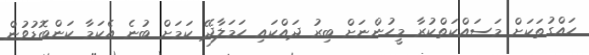
ހައްގުތަކަށް މަސައްކަތްކުރާ މީހުންނަށް ބިރު ދައްކައި ހަމަލާދޭ ކަމަށް ބުނެ އެކަމާ ކަންބޮޑުވުން